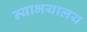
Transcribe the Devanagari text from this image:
न्याभयालय